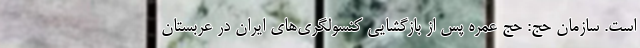
است. سازمان حج: حج عمره پس از بازگشایی کنسولگری‌های ایران در عربستان